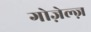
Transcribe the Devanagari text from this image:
गोज़ेल्ज़